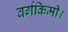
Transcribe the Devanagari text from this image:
वर्गकिमी।